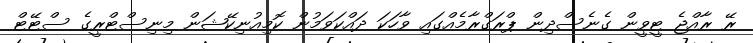
ރޭ ރާއްޖެ ޓީވީން ގެނެސްދިން ޕްރަގްރާމެއްގައި ވާހަކަ ދައްކަވަމުން ކޮމިއުނިކޭޝަން މިނިސްޓްރީގެ ސްޓޭޓް